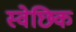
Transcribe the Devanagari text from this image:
स्वेछिक